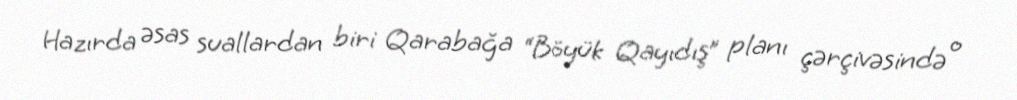
Hazırda əsas suallardan biri Qarabağa “Böyük Qayıdış” planı çərçivəsində o